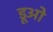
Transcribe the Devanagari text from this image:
डूओ